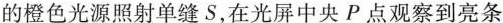
的橙色光源照射单缝S，在光屏中央P点观察到亮条